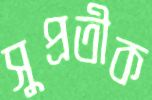
সুপ্রতীক